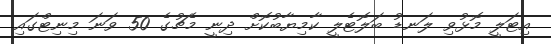
އިޓަލީ މޮޅުވި ލަނޑު ބަލޮޓެލީ ކާމިޔާބުކޮށް ދިނީ މެޗުގެ 50 ވަނަ މިނިޓްގައި